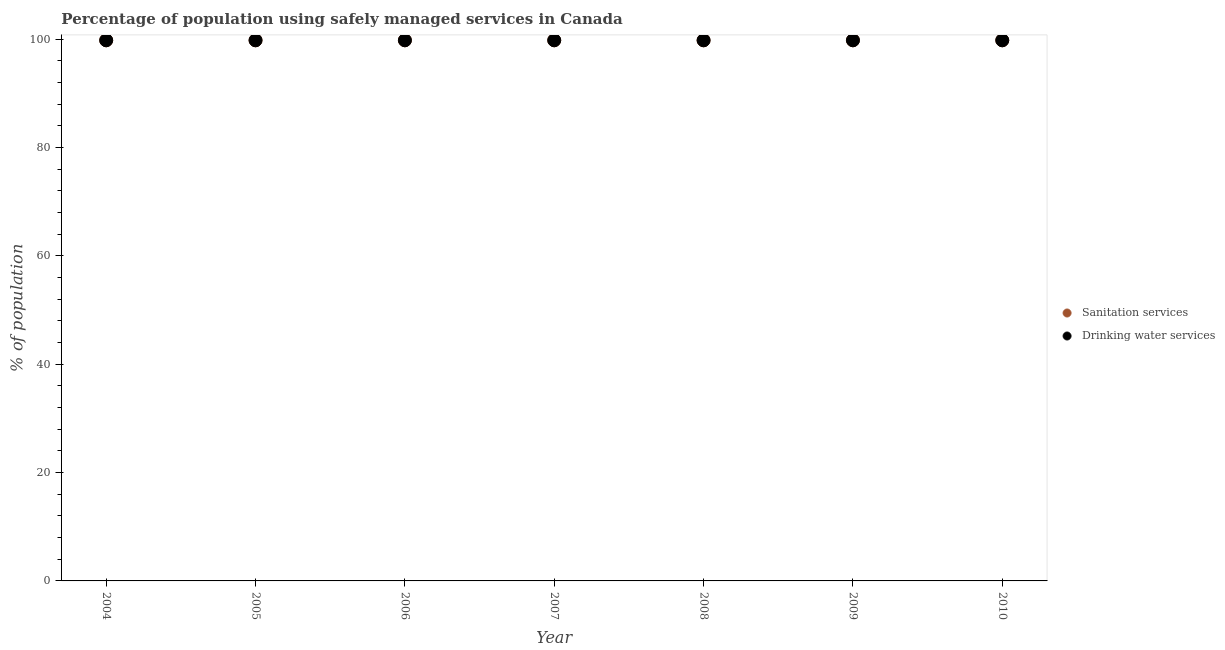
| Year | Sanitation services | Drinking water services |
 | --- | --- | --- |
 | 2004 | 99.8 | 99.8 |
 | 2005 | 99.8 | 99.8 |
 | 2006 | 99.8 | 99.8 |
 | 2007 | 99.8 | 99.8 |
 | 2008 | 99.8 | 99.8 |
 | 2009 | 99.8 | 99.8 |
 | 2010 | 99.8 | 99.8 |